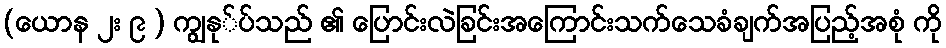
(ယောန ၂း ၉ ) ကျွနု်ပ်သည် ၏ ပြောင်းလဲခြင်းအကြောင်းသက်သေခံချက်အပြည့်အစုံ ကို